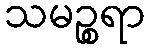
သမဉ္စရာ